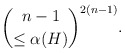
\begin{align*} \binom{n-1}{\leq \alpha(H)}^{2(n-1)}.\end{align*}